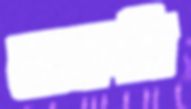
কাকলি